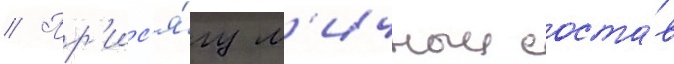
// Пр'ис'я́гу л'ичныи соста́в